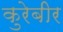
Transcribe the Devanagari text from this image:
कुरेबीर